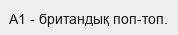
A1 - британдық поп-топ.